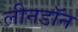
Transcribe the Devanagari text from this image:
लीनडॉन